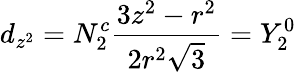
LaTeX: d_{z^{2}}=N_{2}^{c}{\frac{3z^{2}-r^{2}}{2r^{2}{\sqrt{3}}}}=Y_{2}^{0}